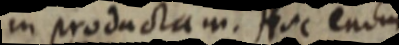
in productam. Huc enim